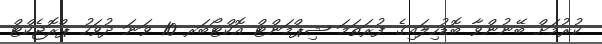
ކުރުމަށް ބޭނުންވާ ބޮޑުހިލައިގެ ފުރަތަމަ ޝިޕްމަންޓް އޮކްޓޯބަރ 10 ވަނަ ދުވަހު ޕްރޮޖެކްޓް